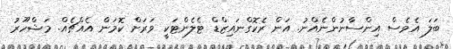
ބަލަ އެވެސް އިންސާނުންނެއްނު. އަން ރެކޮގްނައިޒްޑް ޓެލެންޓަކީ ވަރަށް ކޮމަން އެއްޗެއް. މަޝްހޫރު